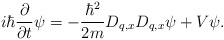
LaTeX: \begin{align*}i\hbar\frac{\partial}{\partial t}\psi=-\frac{\hbar^{2}}{2m}D_{q,x}D_{q,x}\psi+V\psi.\end{align*}